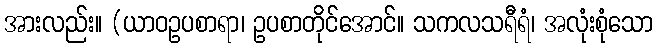
အားလည်း။ (ယာဝဥပစာရာ၊ ဥပစာတိုင်အောင်။ သကလသရီရံ၊ အလုံးစုံသော